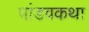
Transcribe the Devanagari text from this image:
पांडवकथा